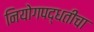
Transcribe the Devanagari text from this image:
नियोगपद्धतीचा